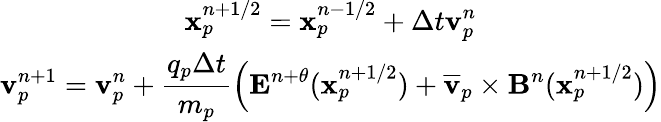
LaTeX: \begin{array}{c}{\displaystyle\mathbf{x}_{p}^{n+1/2}=\mathbf{x}_{p}^{n-1/2}+\Delta t\mathbf{v}_{p}^{n}}\\ {\displaystyle\mathbf{v}_{p}^{n+1}=\mathbf{v}_{p}^{n}+\frac{q_{p}\Delta t}{m_{p}}\left(\mathbf{E}^{n+\theta}(\mathbf{x}_{p}^{n+1/2})+\overline{{\mathbf{v}}}_{p}\times\mathbf{B}^{n}(\mathbf{x}_{p}^{n+1/2})\right)}\end{array}